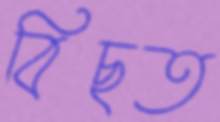
বিছত